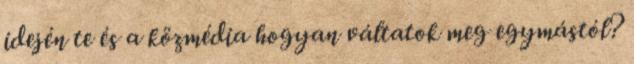
idején te és a közmédia hogyan váltatok meg egymástól?